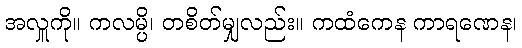
အလှူကို။ ကလမ္ပိ၊ တစိတ်မျှလည်း။ ကထံကေန ကာရဏေန၊